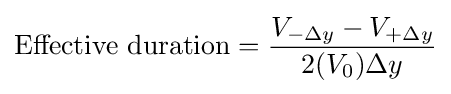
{\text{Effective duration}}={\frac {V_{-\Delta y}-V_{+\Delta y}}{2(V_{0})\Delta y}}